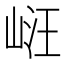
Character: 𭖧